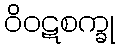
ဝိဝဋစက္ခု